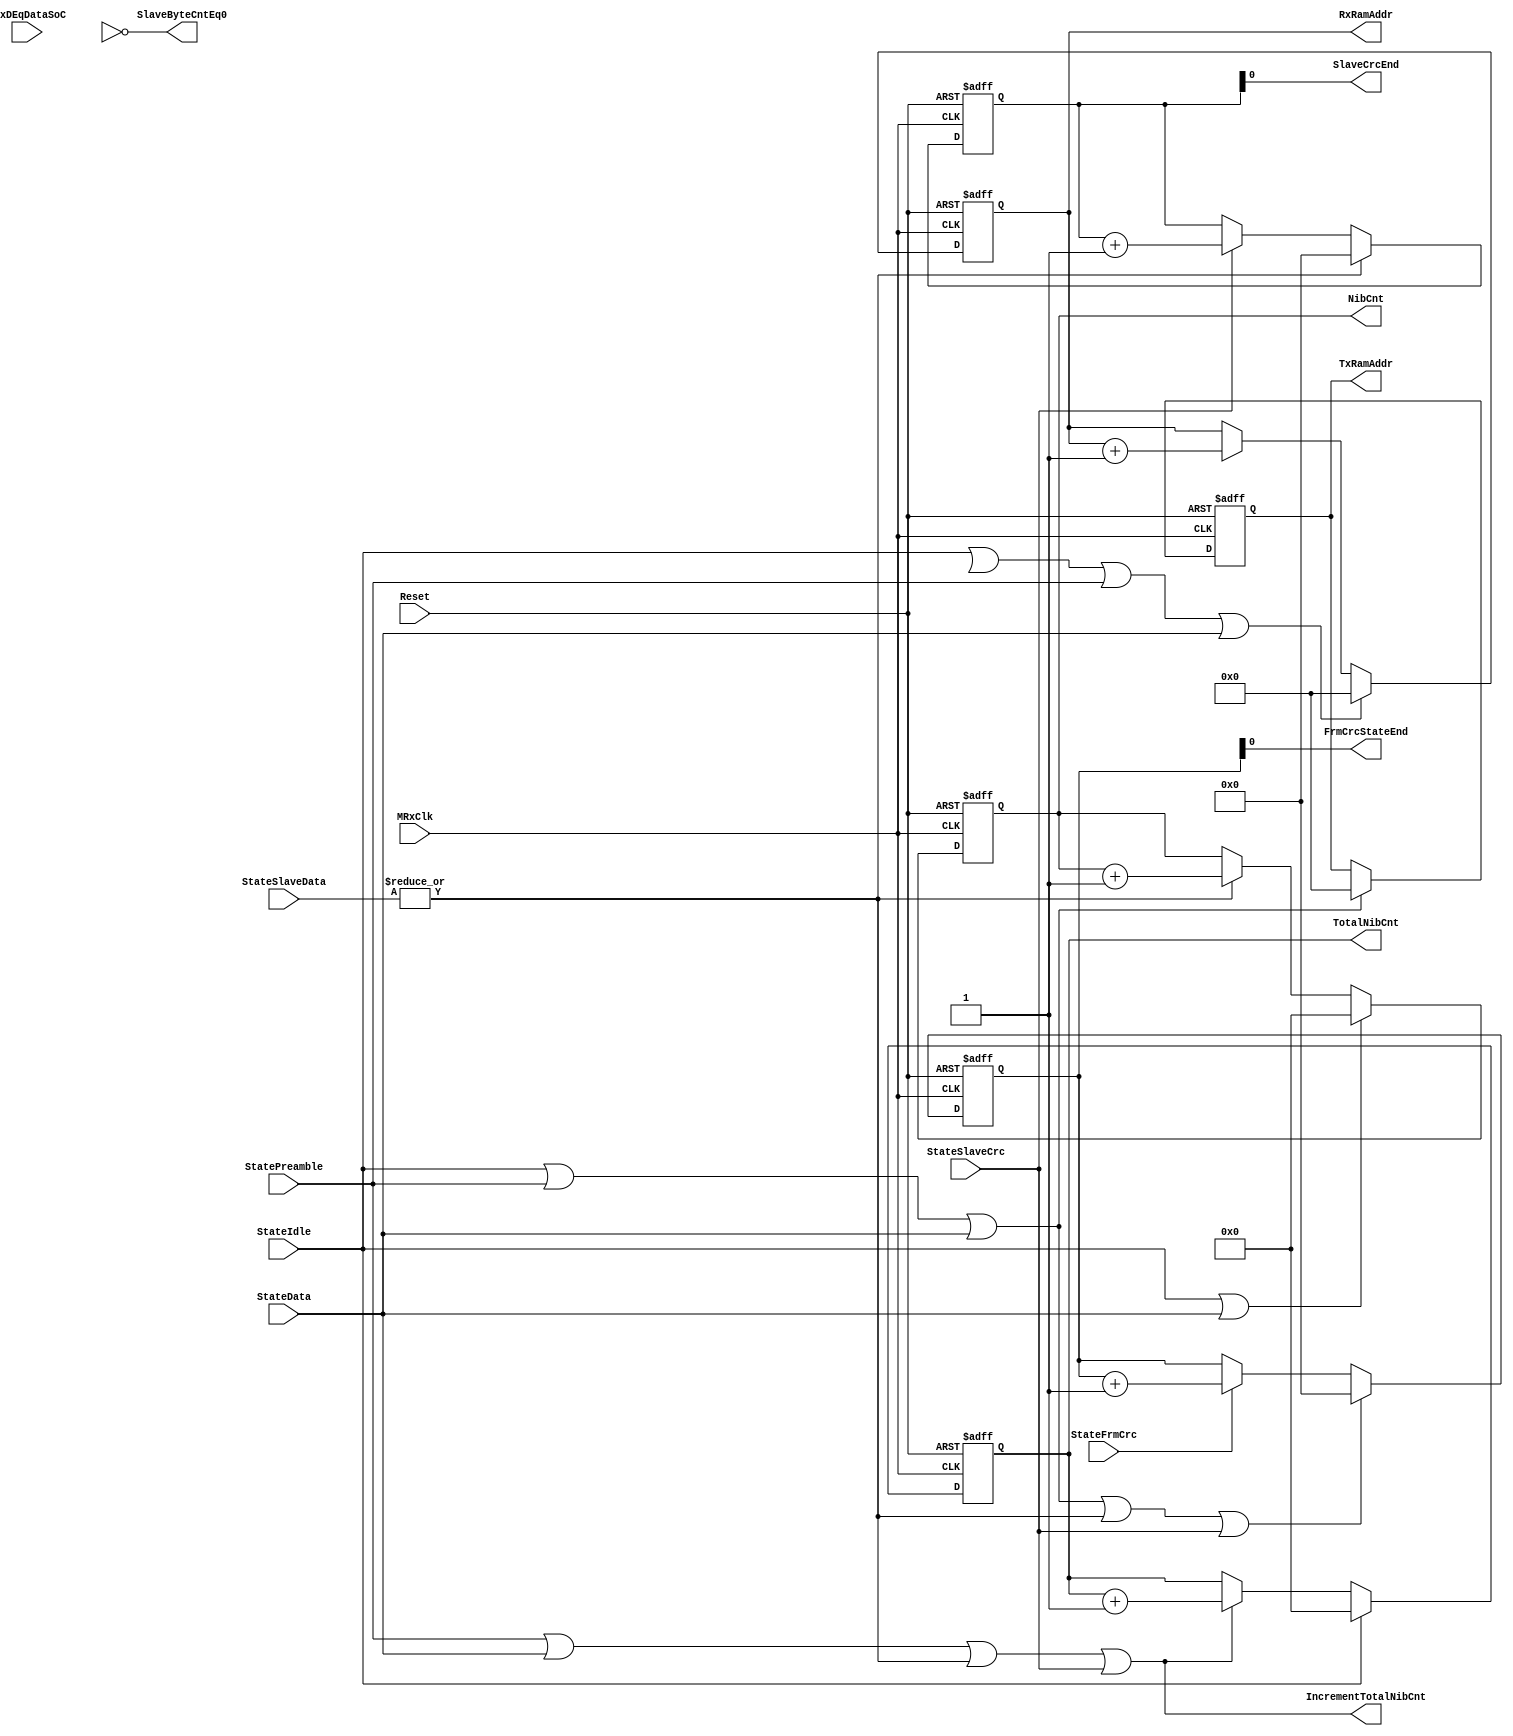
module fb_slave_counters (MRxClk, Reset, MRxDEqDataSoC,
                          StateIdle, StatePreamble, StateData, StateSlaveData, StateSlaveCrc, StateFrmCrc,
                          TotalNibCnt, NibCnt, SlaveCrcEnd, FrmCrcStateEnd, TxRamAddr, RxRamAddr, SlaveByteCntEq0, IncrementTotalNibCnt
                      );

input MRxClk;                  // Tx clock
input Reset;                   // Reset
input StateIdle;               // Idle state
input StatePreamble;           // Preamble state
input StateData;               // Data state
input [1:0] StateSlaveData;    // StateSlaveData state
input StateSlaveCrc;           // slave CRC state
input StateFrmCrc;
input MRxDEqDataSoC;

output [15:0] TotalNibCnt;    // total Nibble counter
output [15:0] NibCnt;     // Nibble counter

output SlaveCrcEnd;
output FrmCrcStateEnd;
output [7: 0] TxRamAddr;
output [7: 0] RxRamAddr;
output        SlaveByteCntEq0;
output IncrementTotalNibCnt;

wire       SlaveByteCntEq0;
wire [3:0] CrcNibbleCnt;

reg [15:0] TotalNibCnt;
reg [15:0] NibCnt;
reg [3: 0] CrcNibCnt;
reg [3: 0] PreambleNibCnt;
reg [3: 0] FrmCrcNibCnt;
reg [7: 0] TxRamAddr;
reg [7: 0] RxRamAddr;

assign CrcNibbleCnt = 4'd2;


wire ResetNibCnt;
wire IncrementNibCnt;
assign IncrementNibCnt =  (|StateSlaveData)  ;
assign ResetNibCnt = StateIdle | StateData ;

// Nibble Counter started from each slave data( only for data, no SoC no CRC)
always @ (posedge MRxClk or posedge Reset)
begin
  if(Reset)
    NibCnt <=  16'h0;
  else
    begin
      if(ResetNibCnt)
        NibCnt <=  16'h0;
      else
      if(IncrementNibCnt)
        NibCnt <=  NibCnt + 16'd1;
     end
end

wire ResetTotalNibCnt;
wire IncrementTotalNibCnt;
assign IncrementTotalNibCnt =   StatePreamble | StateData | (|StateSlaveData) | StateSlaveCrc ;
assign ResetTotalNibCnt     =   StateIdle;

// Total Nibble Counter for the whole frame incl.( Preamble, SlaveDate, SlaveCRC, NO FrameCRC)
always @ (posedge MRxClk or posedge Reset)
begin
  if(Reset)
    TotalNibCnt <=  16'h0;
  else
    begin
      if(ResetTotalNibCnt)
        TotalNibCnt <=  16'h0;
      else
      if(IncrementTotalNibCnt)
        TotalNibCnt <=  TotalNibCnt + 16'd1;
     end
end

wire IncrementCrcNibCnt;
wire ResetCrcNibCnt;
assign IncrementCrcNibCnt = StateSlaveCrc ;
assign ResetCrcNibCnt =  |StateSlaveData ;  
assign SlaveCrcEnd = CrcNibCnt[0] ;

always @ (posedge MRxClk or posedge Reset)
begin
  if(Reset)
    CrcNibCnt <=  4'b0;
  else
    begin
      if(ResetCrcNibCnt)
        CrcNibCnt <=  4'b0;
      else
      if(IncrementCrcNibCnt)
        CrcNibCnt <=  CrcNibCnt + 4'b0001;
     end
end


wire IncrementFrmCrcNibCnt;
wire ResetFrmCrcNibCnt;

assign IncrementFrmCrcNibCnt = StateFrmCrc ;
assign ResetFrmCrcNibCnt =  StateIdle | StatePreamble | StateData | (|StateSlaveData) | StateSlaveCrc;
assign FrmCrcStateEnd    = FrmCrcNibCnt[0] ;

always @ (posedge MRxClk or posedge Reset)
begin
  if(Reset)
    FrmCrcNibCnt <=  4'b0;
  else
    begin
      if(ResetFrmCrcNibCnt)
        FrmCrcNibCnt <=  4'b0;
      else
      if(IncrementFrmCrcNibCnt)
        FrmCrcNibCnt <=  FrmCrcNibCnt + 4'b0001;
     end
end


wire IncrementTxRamAddr;
wire ResetTxRamAddr;

assign ResetTxRamAddr =  StateIdle | StatePreamble | StateData;
assign IncrementTxRamAddr = StartSlaveData[0];

always @ (posedge MRxClk or posedge Reset)
begin
  if(Reset)
    TxRamAddr <=  8'b0;
  else
    begin
      if(ResetTxRamAddr)
        TxRamAddr <=  8'b0;
      else
      if(IncrementTxRamAddr)
        TxRamAddr <=  TxRamAddr + 8'b0001;
     end
end


wire ResetRxRamAddr;
wire IncrementRxRamAddr;
assign ResetRxRamAddr =  StateIdle | StateFFS | StatePreamble | StateData;
assign IncrementRxRamAddr = RxValid ;

always @ (posedge MRxClk or posedge Reset)
begin
  if(Reset)
    RxRamAddr[7:0] <=  8'd0;
  else
    begin
      if(ResetRxRamAddr)
        RxRamAddr[7:0] <=  8'd0;
      else
      if(IncrementRxRamAddr)
        RxRamAddr[7:0] <=  RxRamAddr[7:0] + 8'd1;
     end
end


wire          ResetByteCounter;
wire          IncrementByteCounter;
wire          ByteCntMax;
assign ResetByteCounter =  MRxDV & StatePreamble & MRxDEqDataSoC | StateData;
assign IncrementByteCounter = ~ResetByteCounter & MRxDV &( StateSlaveData[1] & ~ByteCntMax ) ;
assign SlaveByteCntEq0       = ByteCnt == 16'd0;
assign ByteCntMax       = ByteCnt == 16'hffff;

always @ (posedge MRxClk or posedge Reset)
begin
  if(Reset)
    ByteCnt[15:0] <=  16'd0;
  else
    begin
      if(ResetByteCounter)
        ByteCnt[15:0] <=  16'd0;
      else
      if(IncrementByteCounter)
        ByteCnt[15:0] <=  ByteCnt[15:0] + 16'd1;
     end
end



endmodule